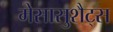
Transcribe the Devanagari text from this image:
मेसासुशैट्स